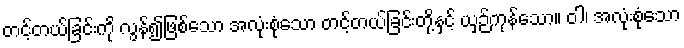
တင့်တယ်ခြင်းကို လွန်၍ဖြစ်သော အလုံးစုံသော တင့်တယ်ခြင်းတို့နှင့် ယှဉ်ကုန်သော။ ဝါ၊ အလုံးစုံသော